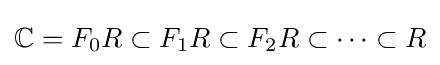
\mathbb {C} =F_{0}R\subset F_{1}R\subset F_{2}R\subset \dots \subset R